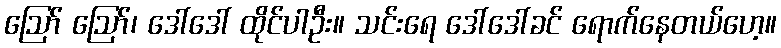
ဪ ဪ၊ ဒေါ်ဒေါ် ထိုင်ပါဦး။ သင်းရေ ဒေါ်ဒေါ်ခင် ရောက်နေတယ်ဟေ့။